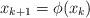
LaTeX: \begin{align*}x_{k+1}=\phi(x_k)\end{align*}